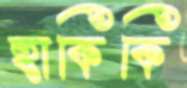
হাকিকি